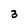
Character: 3